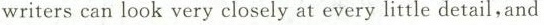
writers can look very closely at every little detail,and